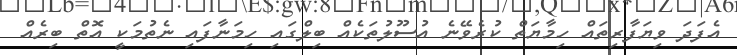
އެފަދަ ވިޔަފާރިތައް ހިމާޔަތް ކުރެވޭނެ އުސޫލުތަކެއް ބިލްގައި ހިމަނާފައި ނެތުމަކީ އޮތް ބިރެއް